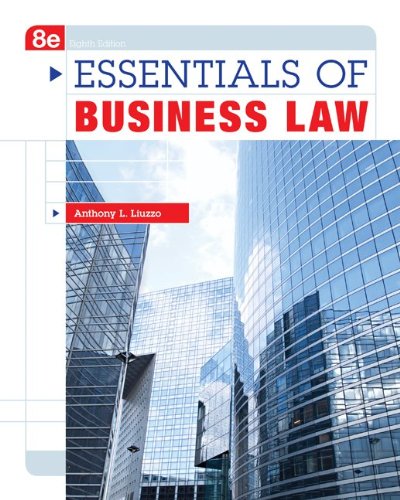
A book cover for Essentials of Business Law; Anthony Liuzzo; Law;